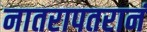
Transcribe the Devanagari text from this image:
नातरापतरानं